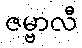
ဇမ္ဗာလီ